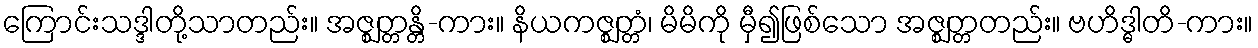
ကြောင်းသဒ္ဒါတို့သာတည်း။ အဇ္ဈတ္တန္တိ-ကား။ နိယကဇ္ဈတ္တံ၊ မိမိကို မှီ၍ဖြစ်သော အဇ္ဈတ္တတည်း။ ဗဟိဒ္ဓါတိ-ကား။